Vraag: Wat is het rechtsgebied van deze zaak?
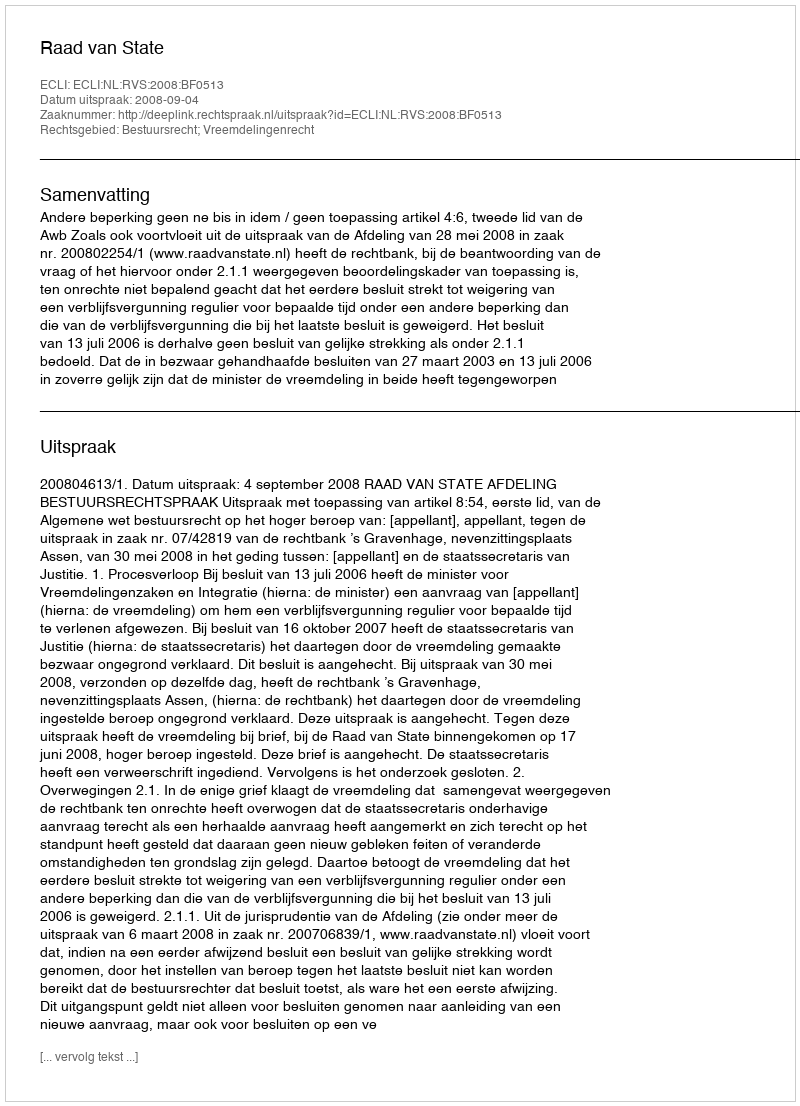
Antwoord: Bestuursrecht; Vreemdelingenrecht